Bulletin of the Pasteur Institute of Southern India, Coonoor - No. 3.
Year: 1910
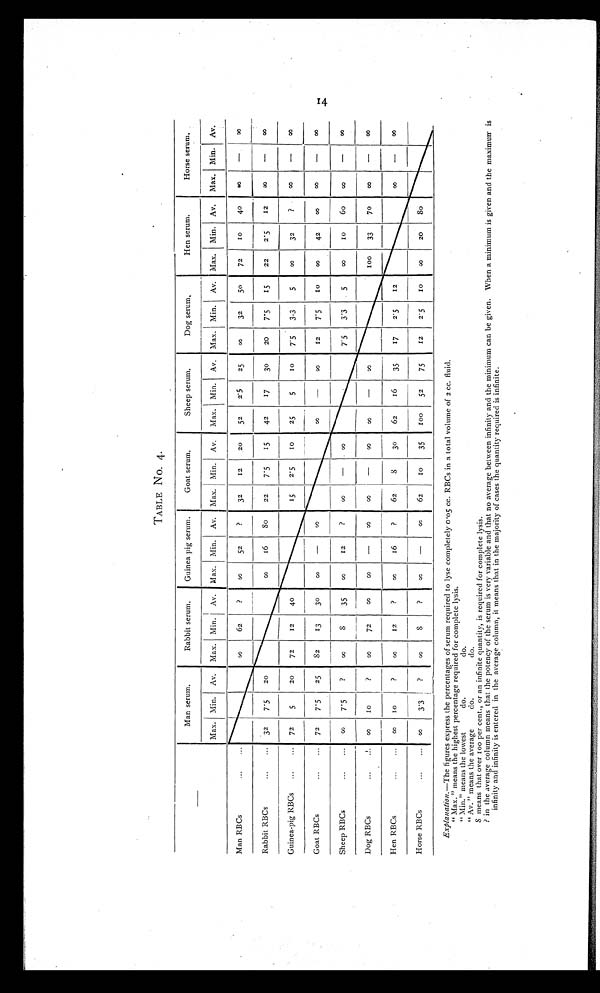
TABLE No. 4.
14
Man serum.
Rabbit serum.
Guinea pig serum.
Goat serum.
Sheep serum.
Dog serum,
Hen serum.
Horse serum.
Max. Min.
Av.
Max. Min.
Av.
Max. Min.
Av.
Max. Min.
Av.
Max. Min.
Av.
Max. Min.
Av.
Max,
Min.
Av.
Max. Min.
Av.
Man RBCs
...
∞
62
?
∞
52
?
32
12
20
52
2
25
∞
2'5
25
∞
32
50
72
10
40
∞
∞
—
∞
—
∞
Rabbit RBCs
...
...
. 32
7.5
20
12
∞
16
SO
22
7 . 5
1 5
17
30
20
7 . 5
22
2 . 5
12
Guinea-pig RBCs
...
...
72
5
20
72
4 0
30
35
—
∞
15
2 . 5
1 0
∞
5
—
10
∞
7 . 5
12
7 . 5
3.3
7'5
3 . 3
5
∞
32
?
∞
—
∞
∞
Goat RBCs
...
...
72
8
7.5
25
82
∞
13
∞
∞
to
∞
42
∞
∞
—
Sheep RBCs
7'5
?
8
72
∞
12
?
—
∞
5
∞ 100
1 0
6o
∞
—
-
∞
Dog RBCs
...
. . .
∞ ∞
10
?
∞
∞
—
16
∞
∞
—
∞
∞
—
-
17
33
7o
∞
—
∞
Hen RBCs
10
3.3
?
∞
∞
12
8
?
?
∞
∞
?
62
8
30
62
16
52
35
2.5
12
8
—
∞
Horse RBCs
...
...
∞
?
—
∞
62
10
35
100
75
12
2'5
1 0
∞
20
So
Explanation.—The figures express the percentages of serum required to lyse completely 0 .o5 cc. RBCs in a total volume of 2 cc. fluid.
" Max. " means the highest percentage required for complete lysis.
"Min." means the lowest
do.
do.
Av. " means the average
do.
do.
8 means that over 100 per cent., or an infinite quantity, is required for complete lysis.
in the average column means that the potency of the serum is very variable and that no average between infinity and the minimum can be given. When a minimum is given and the maximum is
infinity and infinity is entered in the average column, it means that in the majority of cases the quantity required is infinite.